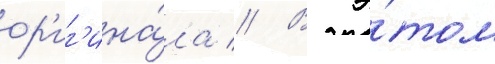
ор'иг'ина́ла // В э́том